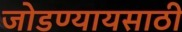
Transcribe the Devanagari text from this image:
जोडण्यायसाठी